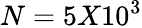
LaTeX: N=5X10^{3}